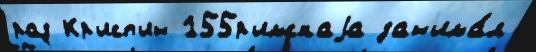
раз Кр'исп'ин 155р'имскаjа зан'има́л